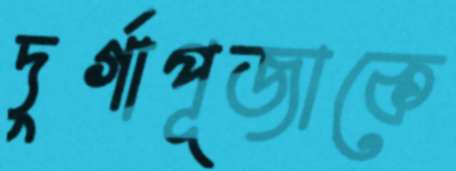
দুর্গাপূজাকে